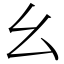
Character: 幺